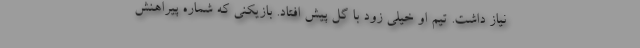
نیاز داشت. تیم او خیلی زود با گل پیش افتاد. بازیکنی که شماره پیراهنش